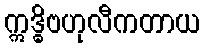
ဣဒ္ဓိဗဟုလီကတာယ